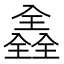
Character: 𠓾